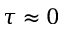
\tau \approx 0